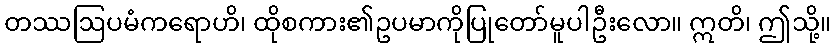
တဿဩပမံကရောဟိ၊ ထိုစကား၏ဥပမာကိုပြုတော်မူပါဦးလော။ ဣတိ၊ ဤသို့။